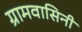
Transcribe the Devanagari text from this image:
ग्रामवासिनी